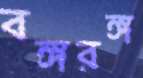
বঙ্গরঙ্গ